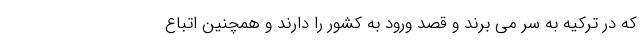
که در ترکیه به سر می برند و قصد ورود به کشور را دارند و همچنین اتباع